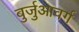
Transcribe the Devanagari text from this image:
बुर्जुआवर्ग